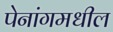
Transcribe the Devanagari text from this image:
पेनांगमधील